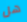
هل